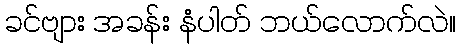
ခင်ဗျား အခန်း နံပါတ် ဘယ်လောက်လဲ။